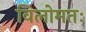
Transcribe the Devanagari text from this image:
विलोमतः